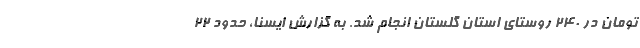
تومان در ۲۴۰ روستای استان گلستان انجام شد. به گزارش ایسنا، حدود ۲۲